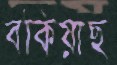
বকিয়াছ